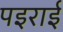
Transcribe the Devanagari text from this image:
पइराई